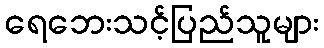
ရေဘေးသင့်ပြည်သူများ